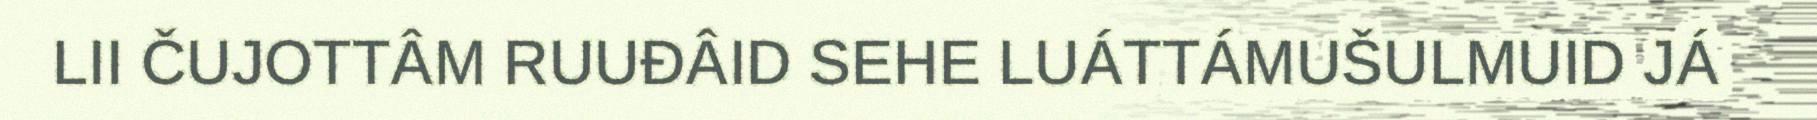
LII ČUJOTTÂM RUUĐÂID SEHE LUÁTTÁMUŠULMUID JÁ